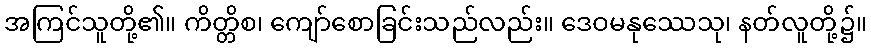
အကြင်သူတို့၏။ ကိတ္တိစ၊ ကျော်စောခြင်းသည်လည်း။ ဒေဝမနုဿေသု၊ နတ်လူတို့၌။